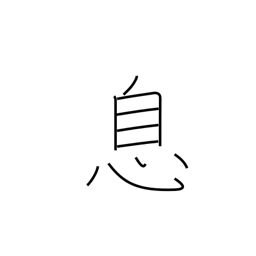
Meaning: son